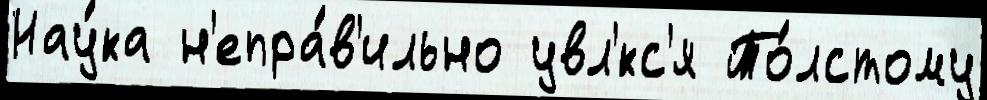
Нау́ка н'епра́в'ильно увл'́кс'я То́лстому